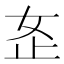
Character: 𫰏